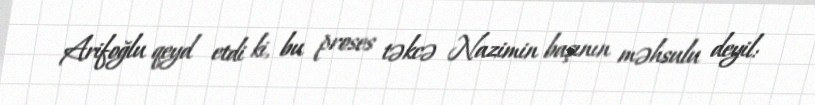
Arifoğlu qeyd etdi ki, bu proses təkcə Nazimin başının məhsulu deyil: